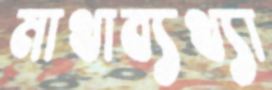
মাথাব্যথ্যা